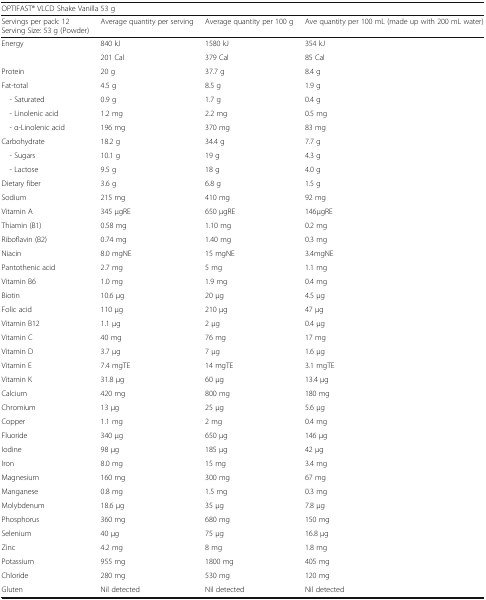
<table><thead><tr><td colspan="4"><b>OPTIFAST® VLCD Shake Vanilla 53 g</b></td></tr><tr><td><b>Servings per pack: 12Serving Size: 53 g (Powder)</b></td><td><b>Average quantity per serving</b></td><td><b>Average quantity per 100 g</b></td><td><b>Ave quantity per 100 mL (made up with 200 mL water)</b></td></tr></thead><tbody><tr><td rowspan="2">Energy</td><td>840 kJ</td><td>1580 kJ</td><td>354 kJ</td></tr><tr><td>201 Cal</td><td>379 Cal</td><td>85 Cal</td></tr><tr><td>Protein</td><td>20 g</td><td>37.7 g</td><td>8.4 g</td></tr><tr><td>Fat-total</td><td>4.5 g</td><td>8.5 g</td><td>1.9 g</td></tr><tr><td> - Saturated</td><td>0.9 g</td><td>1.7 g</td><td>0.4 g</td></tr><tr><td> - Linolenic acid</td><td>1.2 mg</td><td>2.2 mg</td><td>0.5 mg</td></tr><tr><td> - α-Linolenic acid</td><td>196 mg</td><td>370 mg</td><td>83 mg</td></tr><tr><td>Carbohydrate</td><td>18.2 g</td><td>34.4 g</td><td>7.7 g</td></tr><tr><td> - Sugars</td><td>10.1 g</td><td>19 g</td><td>4.3 g</td></tr><tr><td> - Lactose</td><td>9.5 g</td><td>18 g</td><td>4.0 g</td></tr><tr><td>Dietary fiber</td><td>3.6 g</td><td>6.8 g</td><td>1.5 g</td></tr><tr><td>Sodium</td><td>215 mg</td><td>410 mg</td><td>92 mg</td></tr><tr><td>Vitamin A</td><td>345 μgRE</td><td>650 μgRE</td><td>146μgRE</td></tr><tr><td>Thiamin (B1)</td><td>0.58 mg</td><td>1.10 mg</td><td>0.2 mg</td></tr><tr><td>Riboflavin (B2)</td><td>0.74 mg</td><td>1.40 mg</td><td>0.3 mg</td></tr><tr><td>Niacin</td><td>8.0 mgNE</td><td>15 mgNE</td><td>3.4mgNE</td></tr><tr><td>Pantothenic acid</td><td>2.7 mg</td><td>5 mg</td><td>1.1 mg</td></tr><tr><td>Vitamin B6</td><td>1.0 mg</td><td>1.9 mg</td><td>0.4 mg</td></tr><tr><td>Biotin</td><td>10.6 μg</td><td>20 μg</td><td>4.5 μg</td></tr><tr><td>Folic acid</td><td>110 μg</td><td>210 μg</td><td>47 μg</td></tr><tr><td>Vitamin B12</td><td>1.1 μg</td><td>2 μg</td><td>0.4 μg</td></tr><tr><td>Vitamin C</td><td>40 mg</td><td>76 mg</td><td>17 mg</td></tr><tr><td>Vitamin D</td><td>3.7 μg</td><td>7 μg</td><td>1.6 μg</td></tr><tr><td>Vitamin E</td><td>7.4 mgTE</td><td>14 mgTE</td><td>3.1 mgTE</td></tr><tr><td>Vitamin K</td><td>31.8 μg</td><td>60 μg</td><td>13.4 μg</td></tr><tr><td>Calcium</td><td>420 mg</td><td>800 mg</td><td>180 mg</td></tr><tr><td>Chromium</td><td>13 μg</td><td>25 μg</td><td>5.6 μg</td></tr><tr><td>Copper</td><td>1.1 mg</td><td>2 mg</td><td>0.4 mg</td></tr><tr><td>Fluoride</td><td>340 μg</td><td>650 μg</td><td>146 μg</td></tr><tr><td>Iodine</td><td>98 μg</td><td>185 μg</td><td>42 μg</td></tr><tr><td>Iron</td><td>8.0 mg</td><td>15 mg</td><td>3.4 mg</td></tr><tr><td>Magnesium</td><td>160 mg</td><td>300 mg</td><td>67 mg</td></tr><tr><td>Manganese</td><td>0.8 mg</td><td>1.5 mg</td><td>0.3 mg</td></tr><tr><td>Molybdenum</td><td>18.6 μg</td><td>35 μg</td><td>7.8 μg</td></tr><tr><td>Phosphorus</td><td>360 mg</td><td>680 mg</td><td>150 mg</td></tr><tr><td>Selenium</td><td>40 μg</td><td>75 μg</td><td>16.8 μg</td></tr><tr><td>Zinc</td><td>4.2 mg</td><td>8 mg</td><td>1.8 mg</td></tr><tr><td>Potassium</td><td>955 mg</td><td>1800 mg</td><td>405 mg</td></tr><tr><td>Chloride</td><td>280 mg</td><td>530 mg</td><td>120 mg</td></tr><tr><td>Gluten</td><td>Nil detected</td><td>Nil detected</td><td>Nil detected</td></tr></tbody></table>